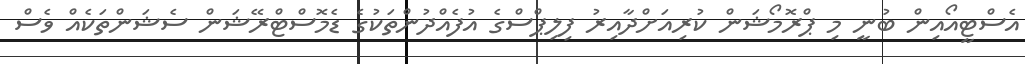
އެސްޓީއޯއިން ބުނީ މި ޕްރޮމޯޝަން ކުރިއަށްދާއިރު ފިލިޕްސްގެ އުފެއްދުންތަކުގެ ޑެމޮސްޓްރޭޝަން ސެޝަންތަކެއް ވެސް